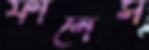
ফার্নেস